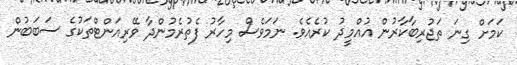
ކަމަށް ގިނަ ތަޖުރިބާކާރުން އުއްމީދު ކުރެއެވެ. ނަމަވެސް މިހާރު ފެތުރެމުންދާ ވޭރިއަންޓްތަކުގެ ސަބަބުން